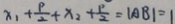
x _ { 1 } + \frac { p } { 2 } + x _ { 2 } + \frac { p } { 2 } = \vert A B \vert = 1